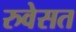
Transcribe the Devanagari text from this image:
रुवेसत